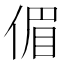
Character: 𠋥